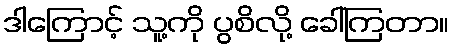
ဒါကြောင့် သူ့ကို ပွစိလို့ ခေါ်ကြတာ။